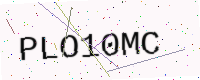
Text: PLO10MC